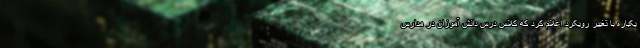
یکباره با تغییر رویکرد اعلام کرد که کلاس درس دانش آموزان در مدارس